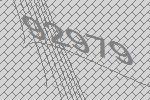
92979